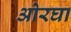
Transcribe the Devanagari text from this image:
ओरघा